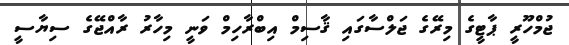
ޖުމްހޫރީ ޕާޓީގެ މިރޭގެ ޖަލްސާގައި ޤާސިމް އިބްރާހިމް ވަނީ މިހާރު ރާއްޖޭގެ ސިޔާސީ